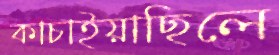
কাচাইয়াছিলে